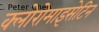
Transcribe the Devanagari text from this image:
क्लोरोमाइसेटिन